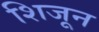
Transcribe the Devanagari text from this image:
शिजून